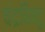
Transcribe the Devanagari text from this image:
चंद्रबिन्दु